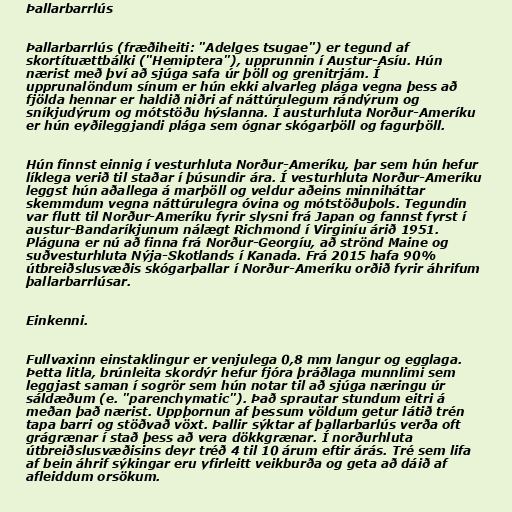
Þallarbarrlús

Þallarbarrlús (fræðiheiti: "Adelges tsugae") er tegund af
skortítuættbálki ("Hemiptera"), upprunnin í Austur-Asíu. Hún
nærist með því að sjúga safa úr þöll og grenitrjám. Í
upprunalöndum sínum er hún ekki alvarleg plága vegna þess að
fjölda hennar er haldið niðri af náttúrulegum rándýrum og
sníkjudýrum og mótstöðu hýslanna. Í austurhluta Norður-Ameríku
er hún eyðileggjandi plága sem ógnar skógarþöll og fagurþöll.

Hún finnst einnig í vesturhluta Norður-Ameríku, þar sem hún hefur
líklega verið til staðar í þúsundir ára. Í vesturhluta Norður-Ameríku
leggst hún aðallega á marþöll og veldur aðeins minniháttar
skemmdum vegna náttúrulegra óvina og mótstöðuþols. Tegundin
var flutt til Norður-Ameríku fyrir slysni frá Japan og fannst fyrst í
austur-Bandaríkjunum nálægt Richmond í Virginíu árið 1951.
Pláguna er nú að finna frá Norður-Georgíu, að strönd Maine og
suðvesturhluta Nýja-Skotlands í Kanada. Frá 2015 hafa 90%
útbreiðslusvæðis skógarþallar í Norður-Ameríku orðið fyrir áhrifum
þallarbarrlúsar.

Einkenni.

Fullvaxinn einstaklingur er venjulega 0,8 mm langur og egglaga.
Þetta litla, brúnleita skordýr hefur fjóra þráðlaga munnlimi sem
leggjast saman í sogrör sem hún notar til að sjúga næringu úr
sáldæðum (e. "parenchymatic"). Það sprautar stundum eitri á
meðan það nærist. Uppþornun af þessum völdum getur látið trén
tapa barri og stöðvað vöxt. Þallir sýktar af þallarbarlús verða oft
grágrænar í stað þess að vera dökkgrænar. Í norðurhluta
útbreiðslusvæðisins deyr tréð 4 til 10 árum eftir árás. Tré sem lifa
af bein áhrif sýkingar eru yfirleitt veikburða og geta að dáið af
afleiddum orsökum.